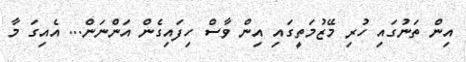
އިން ތަނުގައި ހުރި މޭޒުމަތީގައި އިން ވާސް ހިފައިގެން އަންނަން... އެއިގަ މާ